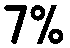
7%